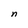
Character: n